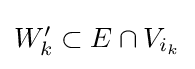
{\textstyle W_{k}'\subset E\cap V_{i_{k}}}